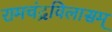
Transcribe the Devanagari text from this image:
रामचंद्रविलासम्